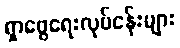
ရှာဖွေရေးလုပ်ငန်းများ